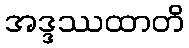
အဒ္ဒဿထာတိ